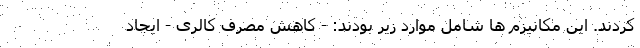
کردند. این مکانیزم ها شامل موارد زیر بودند: - کاهش مصرف کالری - ایجاد